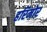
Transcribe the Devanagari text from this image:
हरिमोर